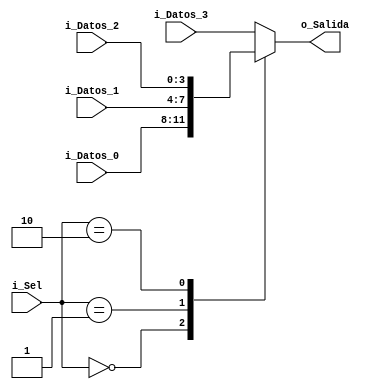

module Demx                                     //Nombre del modulo 
    (   input [3:0] i_Datos_0,                  //Entrada de 4 bits llamada	i_Datos_0 	
        input [3:0] i_Datos_1,                  //Entrada de 4 bits llamada	i_Datos_1
        input [3:0] i_Datos_2,                  //Entrada de 4 bits llamada i_Datos_2	
	    input [3:0] i_Datos_3,                  //Entrada de de 4 bits llamada i_Datos_3
	    input [1:0] i_Sel,                      //Entrada de 2 bits llamada i_Sel	
        output reg [3:0] o_Salida);             //Salida de 4 bits llamada o_Salida
		
always@(i_Sel) begin                            //Funcion que ejecuta en forma de bucle
		case (i_Sel)                            //Condicional que revisa i_Sel
			2'b00: o_Salida <= i_Datos_0;       //Cuando i_sel esta em estos 1'b00 se le asigna a o_Salida los datos de i_Datos_0
			2'b01: o_Salida <= i_Datos_1;       //Cuando i_sel esta em estos 1'b01 se le asigna a o_Salida los datos de i_Datos_1
			2'b10: o_Salida <= i_Datos_2;       //Cuando i_sel esta em estos 1'b10 se le asigna a o_Salida los datos de i_Datos_2
			default : o_Salida <= i_Datos_3;    //En caso contrario que no se cumpla una de las anteriores
		endcase                                 //Fin de la condicional
     	end                                     //Termina el bloque de codigo
    
endmodule										//Termina el modulo